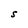
Character: S